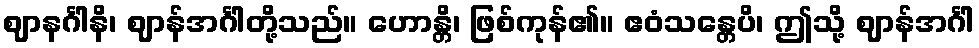
ဈာနင်္ဂါနိ၊ ဈာန်အင်္ဂါတို့သည်။ ဟောန္တိ၊ ဖြစ်ကုန်၏။ ဧဝံသန္တေပိ၊ ဤသို့ ဈာန်အင်္ဂါ